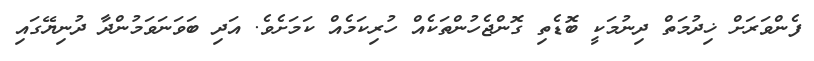
ފެންވަރަށް ޚިދުމަތް ދިނުމަކީ ބޮޑެތި ގޮންޖެހުންތަކެއް ހުރިކަމެއް ކަމަށެވެ. އަދި ބަވަނަވަމުންދާ ދުނިޔޭގައި